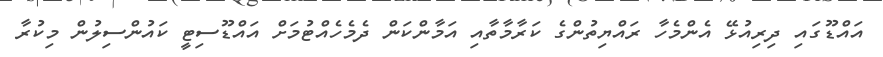
އައްޑޫގައި ދިރިއުޅޭ އެންމެހާ ރައްޔިތުންގެ ކަރާމާތާއި އަމާންކަން ދެމެހެއްޓުމަށް އައްޑޫސިޓީ ކައުންސިލުން މިކުރާ